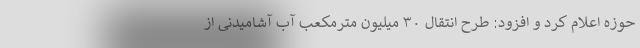
حوزه اعلام کرد و افزود: طرح انتقال ۳۰ میلیون مترمکعب آب آشامیدنی از